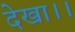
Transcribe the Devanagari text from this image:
देखा।।